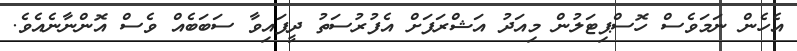
އެހެން ނަމަވެސް ހޮސްޕިޓަލުން މިއަދު އަޝްރަފަށް އެފުރުސަތު ދީފައިވާ ސަބަބެއް ވެސް އޮންނާނެއެވެ.